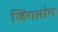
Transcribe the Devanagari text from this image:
जिंगतांग